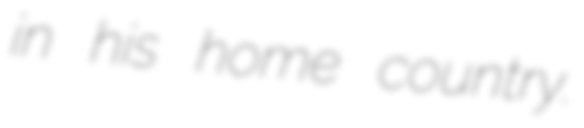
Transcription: in his home country.